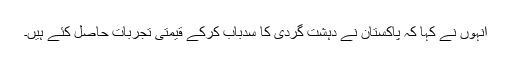
انہوں نے کہا کہ پاکستان نے دہشت گردی کا سدباب کرکے قیمتی تجربات حاصل کئے ہیں۔